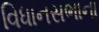
વિધાનસભાના